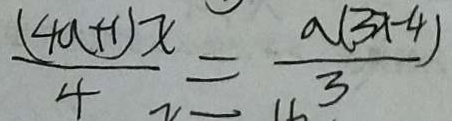
\frac { ( 4 a + 1 ) x } { 4 } = \frac { a ( 3 x - 4 ) } { 3 }